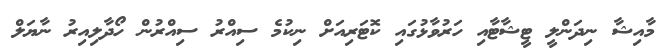
މާއިޝާ ނިދަންލީ ޓީޝާޓާއި ހަރުވާޅުގައި ކޮޓަރިއަށް ނިކުމެ ސިއްރު ސިއްރުން ހޯދާލިއިރު ނާޔަލް